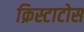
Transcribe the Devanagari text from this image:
क्रिस्टाटोस